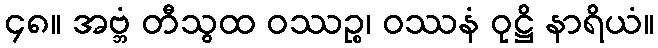
၄၈။ အဗ္ဘံ တီသွထ ဝဿဉ္စ၊ ဝဿနံ ဝုဋ္ဌိ နာရိယံ။